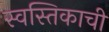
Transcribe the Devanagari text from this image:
स्वस्तिकाची